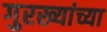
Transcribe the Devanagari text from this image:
गुरख्यांच्या